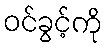
ဝင်ခွင့်ကို